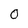
Character: 0